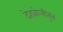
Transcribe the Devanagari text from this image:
देहबोलीतून